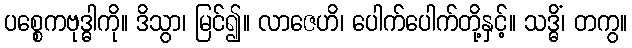
ပစ္စေကဗုဒ္ဓါကို။ ဒိသွာ၊ မြင်၍။ လာဇေဟိ၊ ပေါက်ပေါက်တို့နှင့်။ သဒ္ဓိံ၊ တကွ။